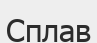
Сплав